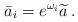
LaTeX: \begin{align*}\bar{a}_i = e^{\omega_i} \widetilde{a} \,.\end{align*}